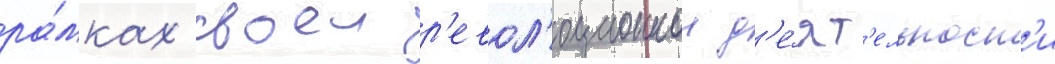
ра́мках своеи р'евол'юционнои д'е́ят'ельност'и